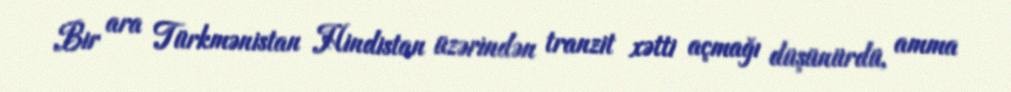
Bir ara Türkmənistan Hindistan üzərindən tranzit xətti açmağı düşünürdü, amma